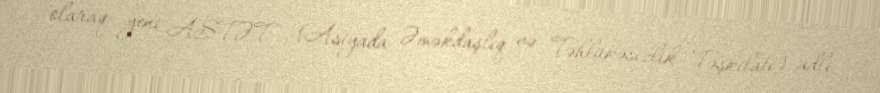
olaraq yeni ASTƏT (Asiyada Əməkdaşlıq və Təhlükəsizlik Təşkilatı) adlı